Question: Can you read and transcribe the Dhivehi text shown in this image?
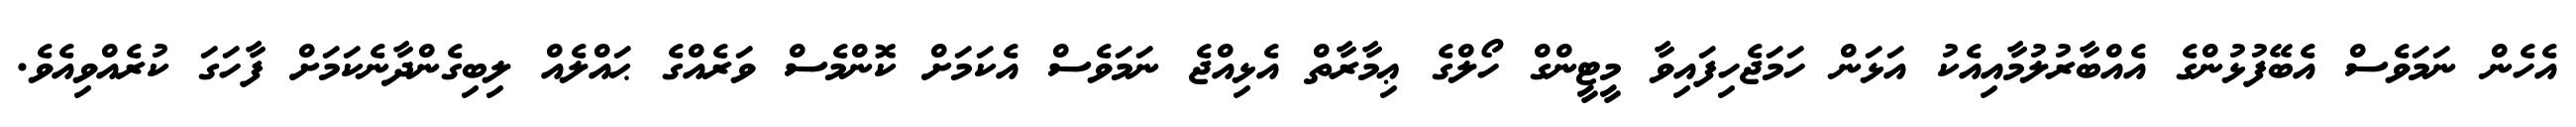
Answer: އެހެން ނަމަވެސް އެބޭފުޅުންގެ އެއްބާރުލުމާއިއެކު އަޅަން ހަމަޖެހިފައިވާ މީޓީންގް ހޯލްގެ ޢިމާރާތް އެޅިއްޖެ ނަމަވެސް އެކަމަށް ކޮންމެސް ވަރެއްގެ ޙައްލެއް ލިބިގެންދާނެކަމަށް ފާހަގަ ކުރެއްވިއެވެ.